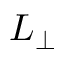
L _ { \perp }